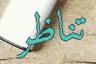
تناظر